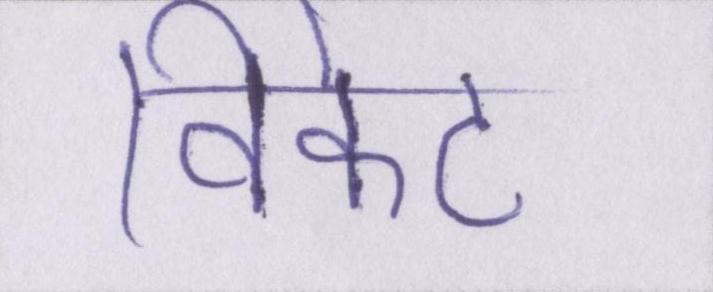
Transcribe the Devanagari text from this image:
विकेट